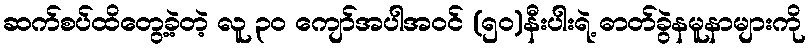
ဆက်စပ်ထိတွေ့ခဲ့တဲ့ လူ ၃၀ ကျော်အပါအဝင် (၅၀)နီးပါးရဲ့ ဓာတ်ခွဲနမူနာများကို